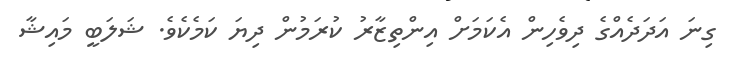
ގިނަ އަދަދެއްގެ ދިވެހިން އެކަމަށް އިންތިޒާރު ކުރަމުން ދިޔަ ކަމެކެވެ. ޝަލަބީ މައިޝާ